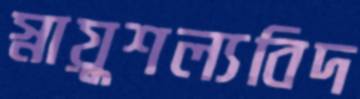
স্নায়ুশল্যবিদ